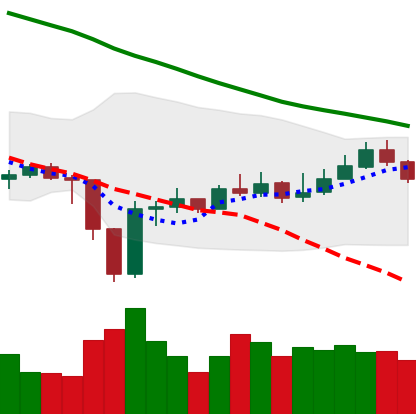
Ticker: EOS-USD
Chart end date: 2019-12-31
Forward return: 4.687%
Label: up_3_5